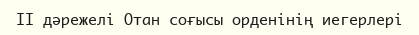
II дәрежелі Отан соғысы орденінің иегерлері